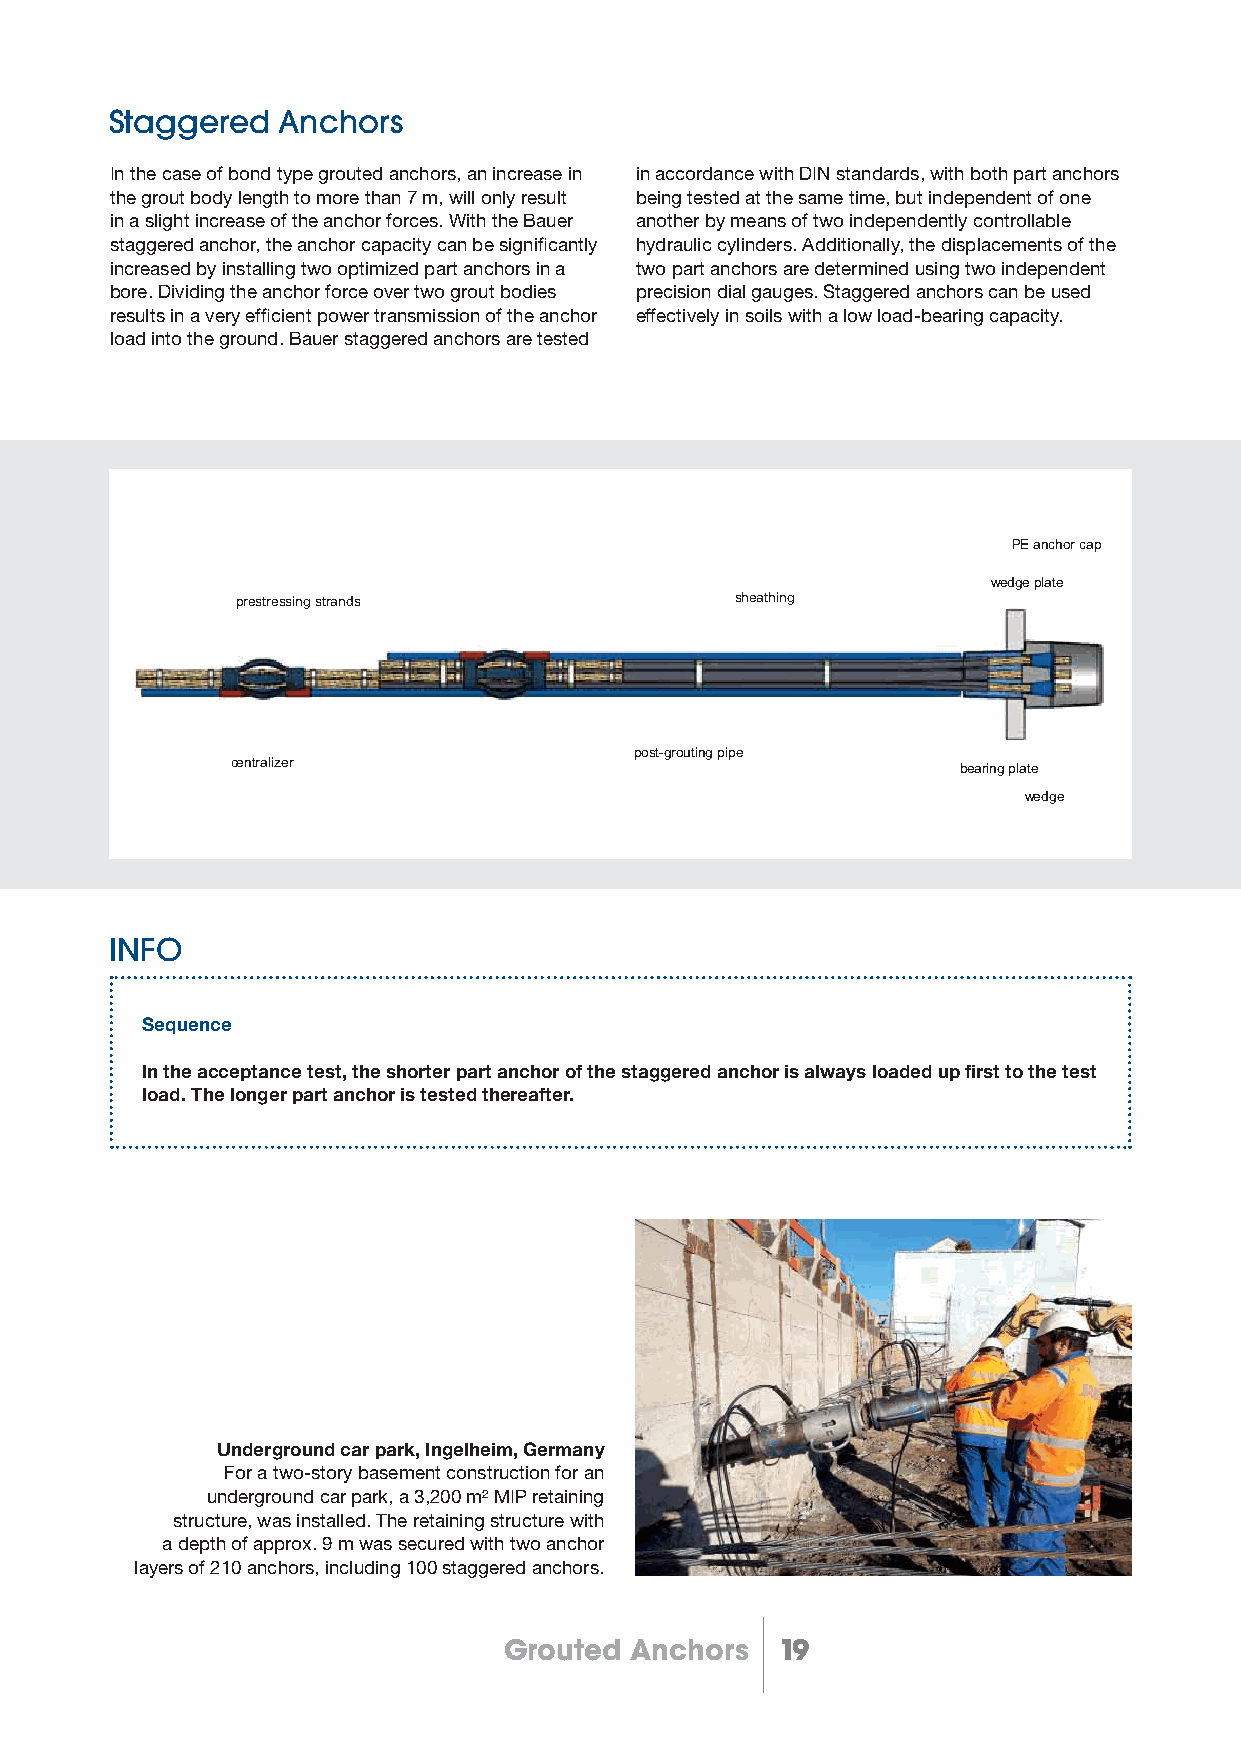
Staggered  Anchors
 In the case of bond type grouted anchors, an increase in in accordance with DIN standards, with both part anchors
 the grout body length to more than 7 m, will only result being tested at the same time, but independent of one
 in a slight increase of the anchor forces. With the Bauer another by means of two independently controllable
 staggered anchor, the anchor capacity can be signifi cantly hydraulic cylinders. Additionally, the displacements of the
 increased by installing two optimized part anchors in a two part anchors are determined using two independent
 bore. Dividing the anchor force over two grout bodies precision dial gauges. Staggered anchors can be used
 results in a very effi cient power transmission of the anchor effectively in soils with a low load-bearing capacity.
 load into the ground. Bauer staggered anchors are tested
 PE anchor cap
 wedge plate
 prestressing strands             sheathing
 post-grouting pipe
 centralizer
 bearing plate
 wedge
 INFO
 Sequence
 In the acceptance test, the shorter part anchor of the staggered anchor is always loaded up first to the test
 load. The longer part anchor is tested thereafter.
 Underground car park, Ingelheim, Germany
 For a two-story basement construction for an
 underground car park, a 3,200 m² MIP retaining
 structure, was installed. The retaining structure with
 a depth of approx. 9 m was secured with two anchor
 layers of 210 anchors, including 100 staggered anchors.
 Grouted  Anchors   19